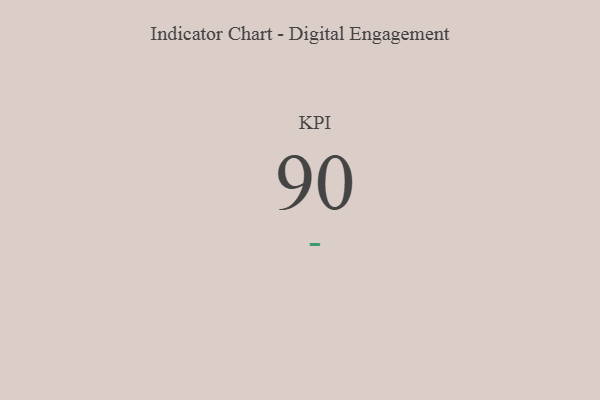
{"axis": {"x": "KPI", "y": "Value"}, "legend": [""], "data": [{"x": "KPI", "y": 90, "type": ""}]}